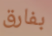
بفارق